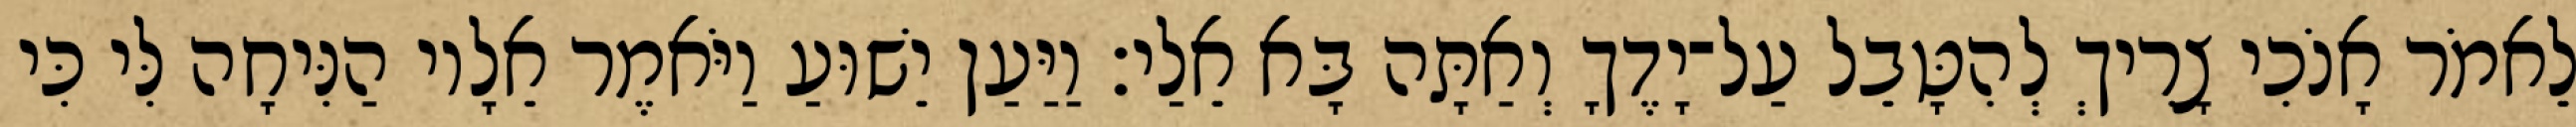
לֵאמֹר אָנֹכִי צָרִיךְ לְהִטָּבֵל עַל־יָדֶךָ וְאַתָּה בָּא אֵלַי׃ וַיַּעַן יֵשׁוּעַ וַיֹּאמֶר אֵלָיו הַנִּיחָה לִּי כִּי